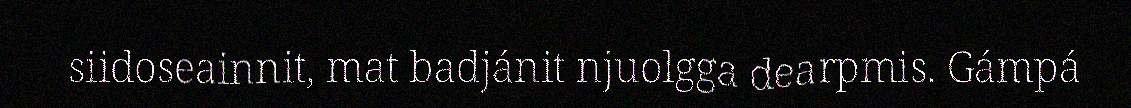
siidoseainnit, mat badjánit njuolgga dearpmis. Gámpá